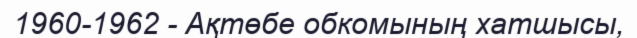
1960-1962 - Ақтөбе обкомының хатшысы,